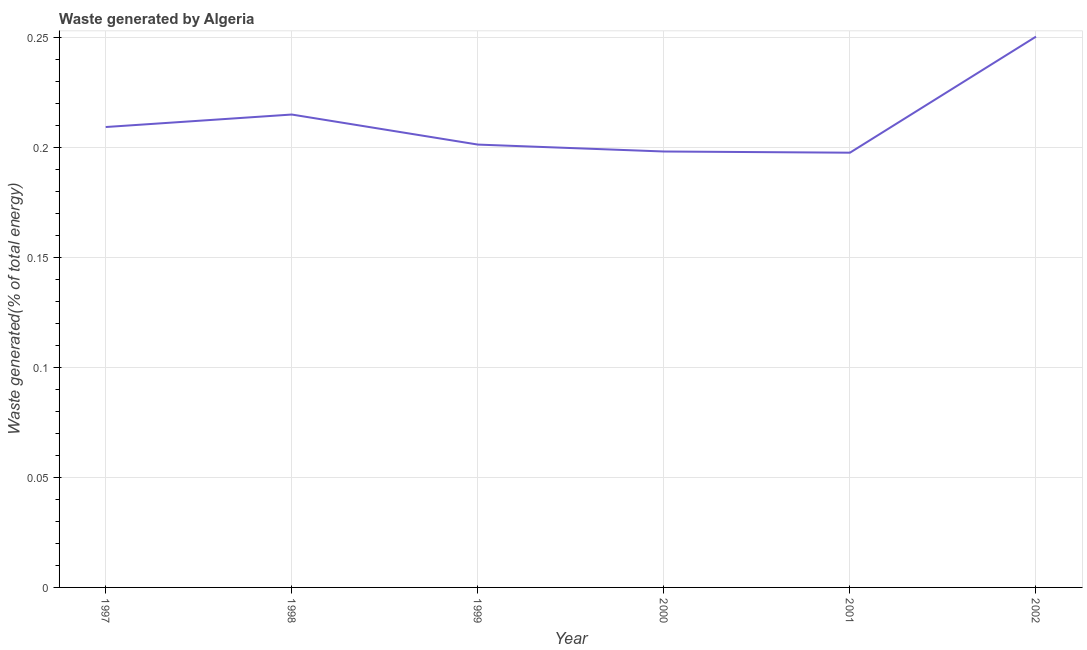
| Year | Combustible renewables and waste (% of total energy) |
 | --- | --- |
 | 1997 | 0.209 |
 | 1998 | 0.215 |
 | 1999 | 0.201 |
 | 2000 | 0.198 |
 | 2001 | 0.198 |
 | 2002 | 0.251 |